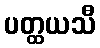
ပတ္ထယသီ